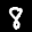
Label: 8